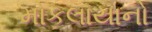
મોકલાયાનો